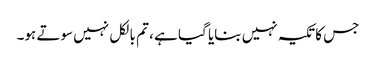
جس کا تکیہ نہیں بنایا گیا ہے ، تم بالکل نہیں سوتے ہو۔